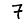
Digit: 7